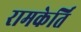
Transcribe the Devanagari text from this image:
रामकेर्ति